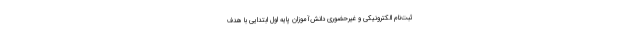
ثبت‌نام الکترونیکی و غیرحضوری دانش‌آموزان پایه اول ابتدایی با هدف